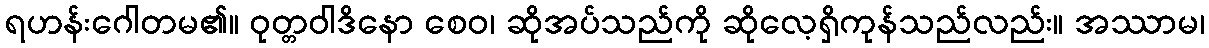
ရဟန်းဂေါတမ၏။ ဝုတ္တဝါဒိနော စေဝ၊ ဆိုအပ်သည်ကို ဆိုလေ့ရှိကုန်သည်လည်း။ အဿာမ၊